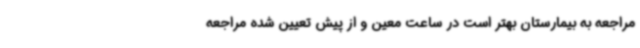
مراجعه به بیمارستان بهتر است در ساعت معین و از پیش تعیین شده مراجعه